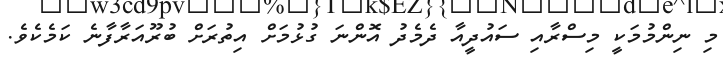
މި ނިންމުމަކީ މިސްރާއި ސައުދީއާ ދެމެދު އޮންނަ ގުޅުމަށް އިތުރަަށް ބުރޫއަރާފާނެ ކަމެކެވެ.